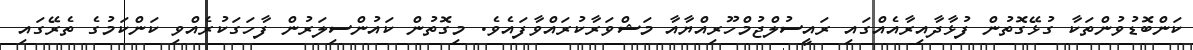
ކަންބޮޑުވުންތަކާ ގުޅޭގޮތުން ފުޅާދާއިރާއެއްގައި ރައީސުލްޖުމްހޫރިއްޔާއާ މަޝްވަރާކުރައްވާފައެވެ. މިގޮތުން ކައުންސިލަރުން ފާހަގަކުރެއްވި ކަންކަމުގެ ތެރޭގައި